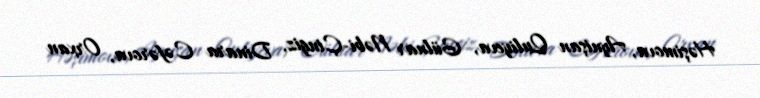
Həşimova, Aynişan Quliyeva, Gülnar Nəbi-Çingiz, Dinara Cəfərova, Orxan